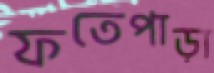
ফতেপাড়া